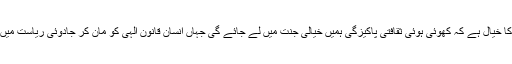
اس کیمپ کا خیال ہے کہ کھوئی ہوئی ثقافتی پاکیزگی ہمیں خیالی جنت میں لے جائے گی جہاں انسان قانونِ الٰہی کو مان کر جادوئی ریاست میں رہیں گے۔